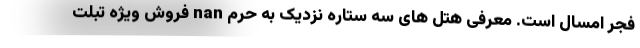
فجر امسال است. معرفی هتل های سه ستاره نزدیک به حرم nan فروش ویژه تبلت